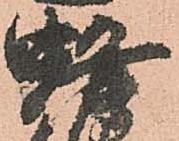
蜂